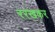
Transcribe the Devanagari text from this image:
ररखकर